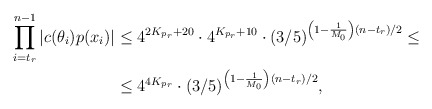
\begin{align*}\prod \limits_{i=t_r}^{n - 1} |c(\theta_i)p(x_i)| &\leq 4^{2K_{p_r} + 20} \cdot 4^{K_{p_r} + 10} \cdot (3/5)^{\left(1 - \frac1{M_0} \right)(n - t_r)/2} \leq\\&\leq 4^{4K_{p_r}} \cdot (3/5)^{\left(1 - \frac1{M_0} \right)(n - t_r)/2},\end{align*}